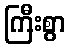
ကြီးစွာ